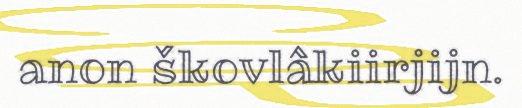
anon škovlâkiirjijn.